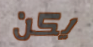
يكن